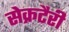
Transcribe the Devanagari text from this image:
सेक्रटैरी